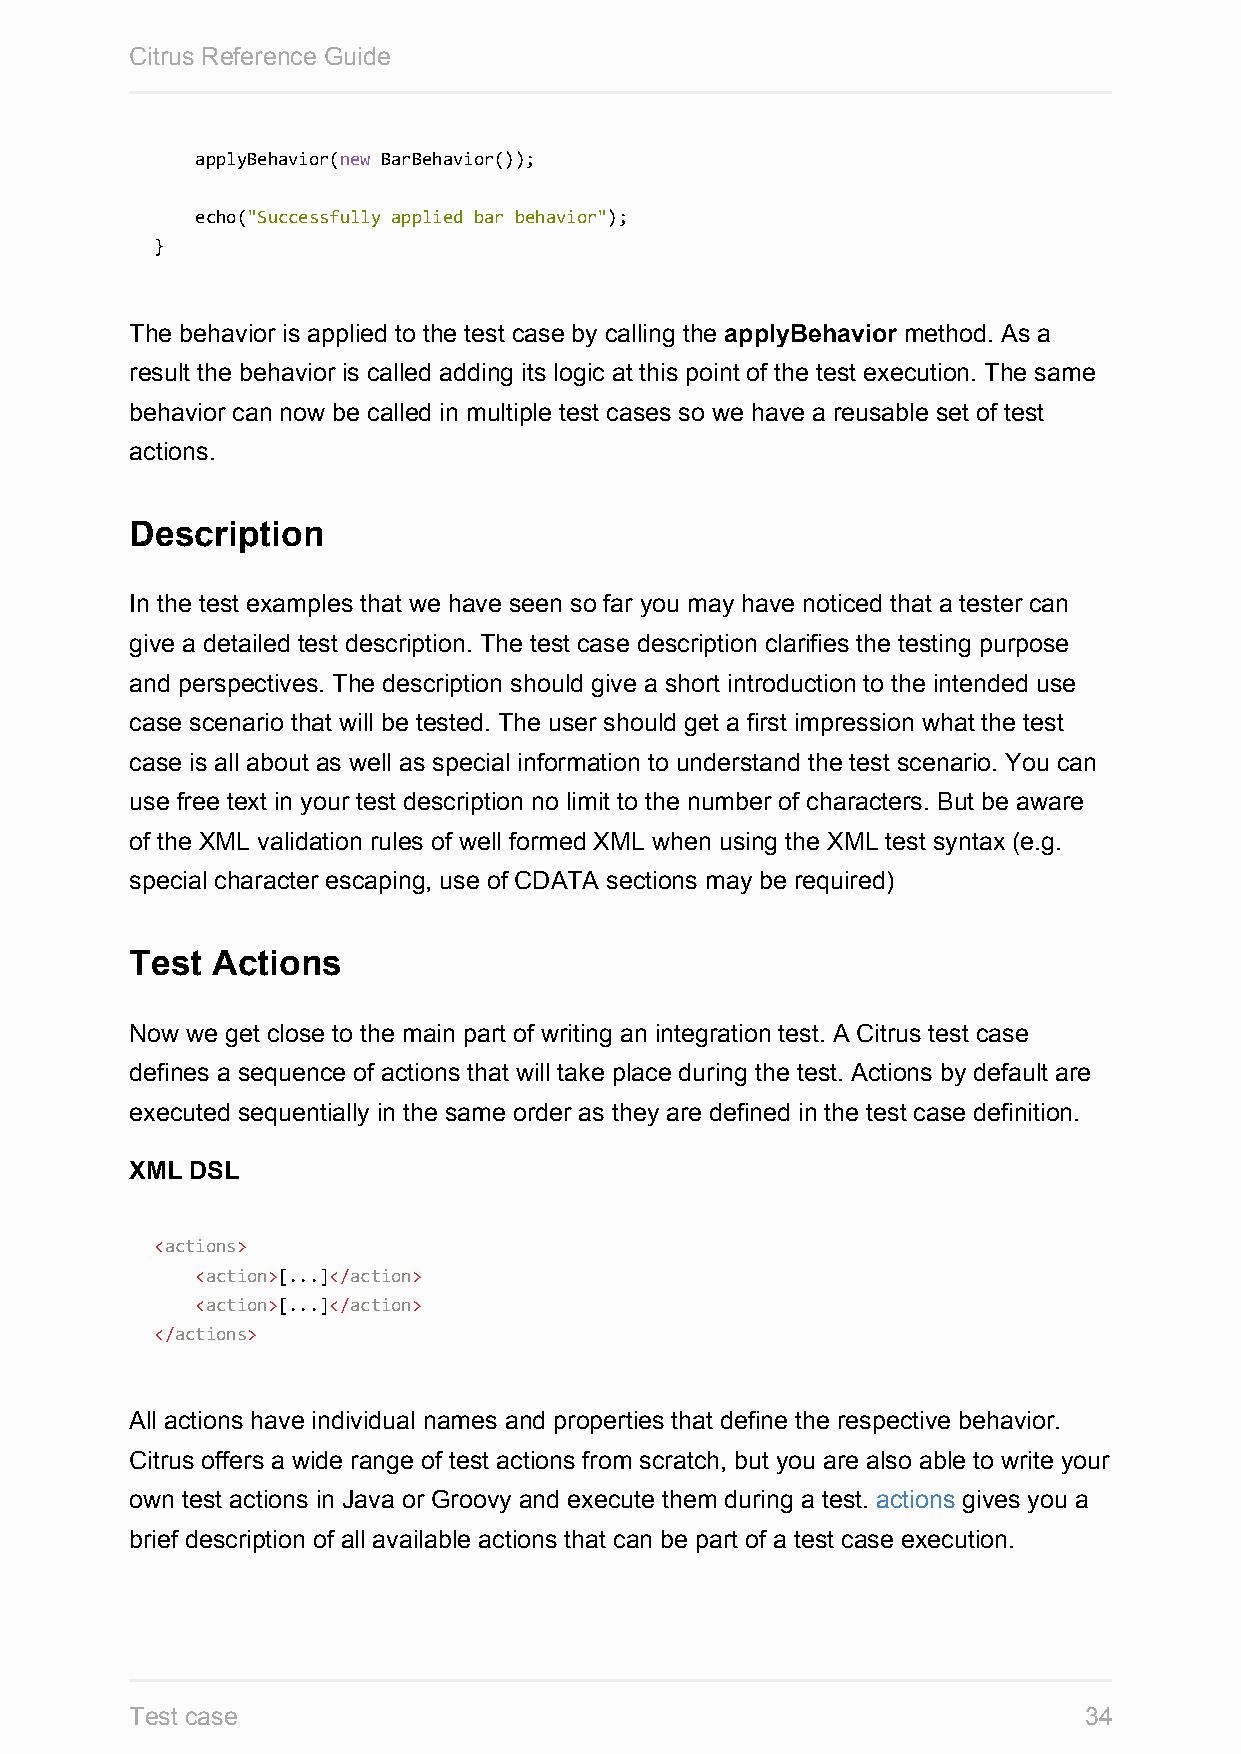
Citrus Reference Guide
 applyBehavior(new BarBehavior());
 echo("Successfully applied bar behavior");
 }
 The behavior is applied to the test case by calling the applyBehavior method. As a
 result the behavior is called adding its logic at this point of the test execution. The same
 behavior can now be called in multiple test cases so we have a reusable set of test
 actions.
 Description
 In the test examples that we have seen so far you may have noticed that a tester can
 give a detailed test description. The test case description clarifies the testing purpose
 and perspectives. The description should give a short introduction to the intended use
 case scenario that will be tested. The user should get a first impression what the test
 case is all about as well as special information to understand the test scenario. You can
 use free text in your test description no limit to the number of characters. But be aware
 of the XML validation rules of well formed XML when using the XML test syntax (e.g.
 special character escaping, use of CDATA sections may be required)
 Test Actions
 Now we get close to the main part of writing an integration test. A Citrus test case
 defines a sequence of actions that will take place during the test. Actions by default are
 executed sequentially in the same order as they are defined in the test case definition.
 XML DSL
 <actions>
 <action>[...]</action>
 <action>[...]</action>
 </actions>
 All actions have individual names and properties that define the respective behavior.
 Citrus offers a wide range of test actions from scratch, but you are also able to write your
 own test actions in Java or Groovy and execute them during a test. actions gives you a
 brief description of all available actions that can be part of a test case execution.
 Test case                                                      34